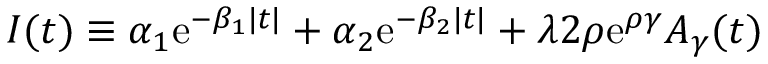
{ \cal I } ( t ) \equiv \alpha _ { 1 } \mathrm { e } ^ { - \beta _ { 1 } | t | } + \alpha _ { 2 } \mathrm { e } ^ { - \beta _ { 2 } | t | } + \lambda 2 \rho \mathrm { e } ^ { \rho \gamma } A _ { \gamma } ( t ) ~